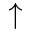
\uparrow